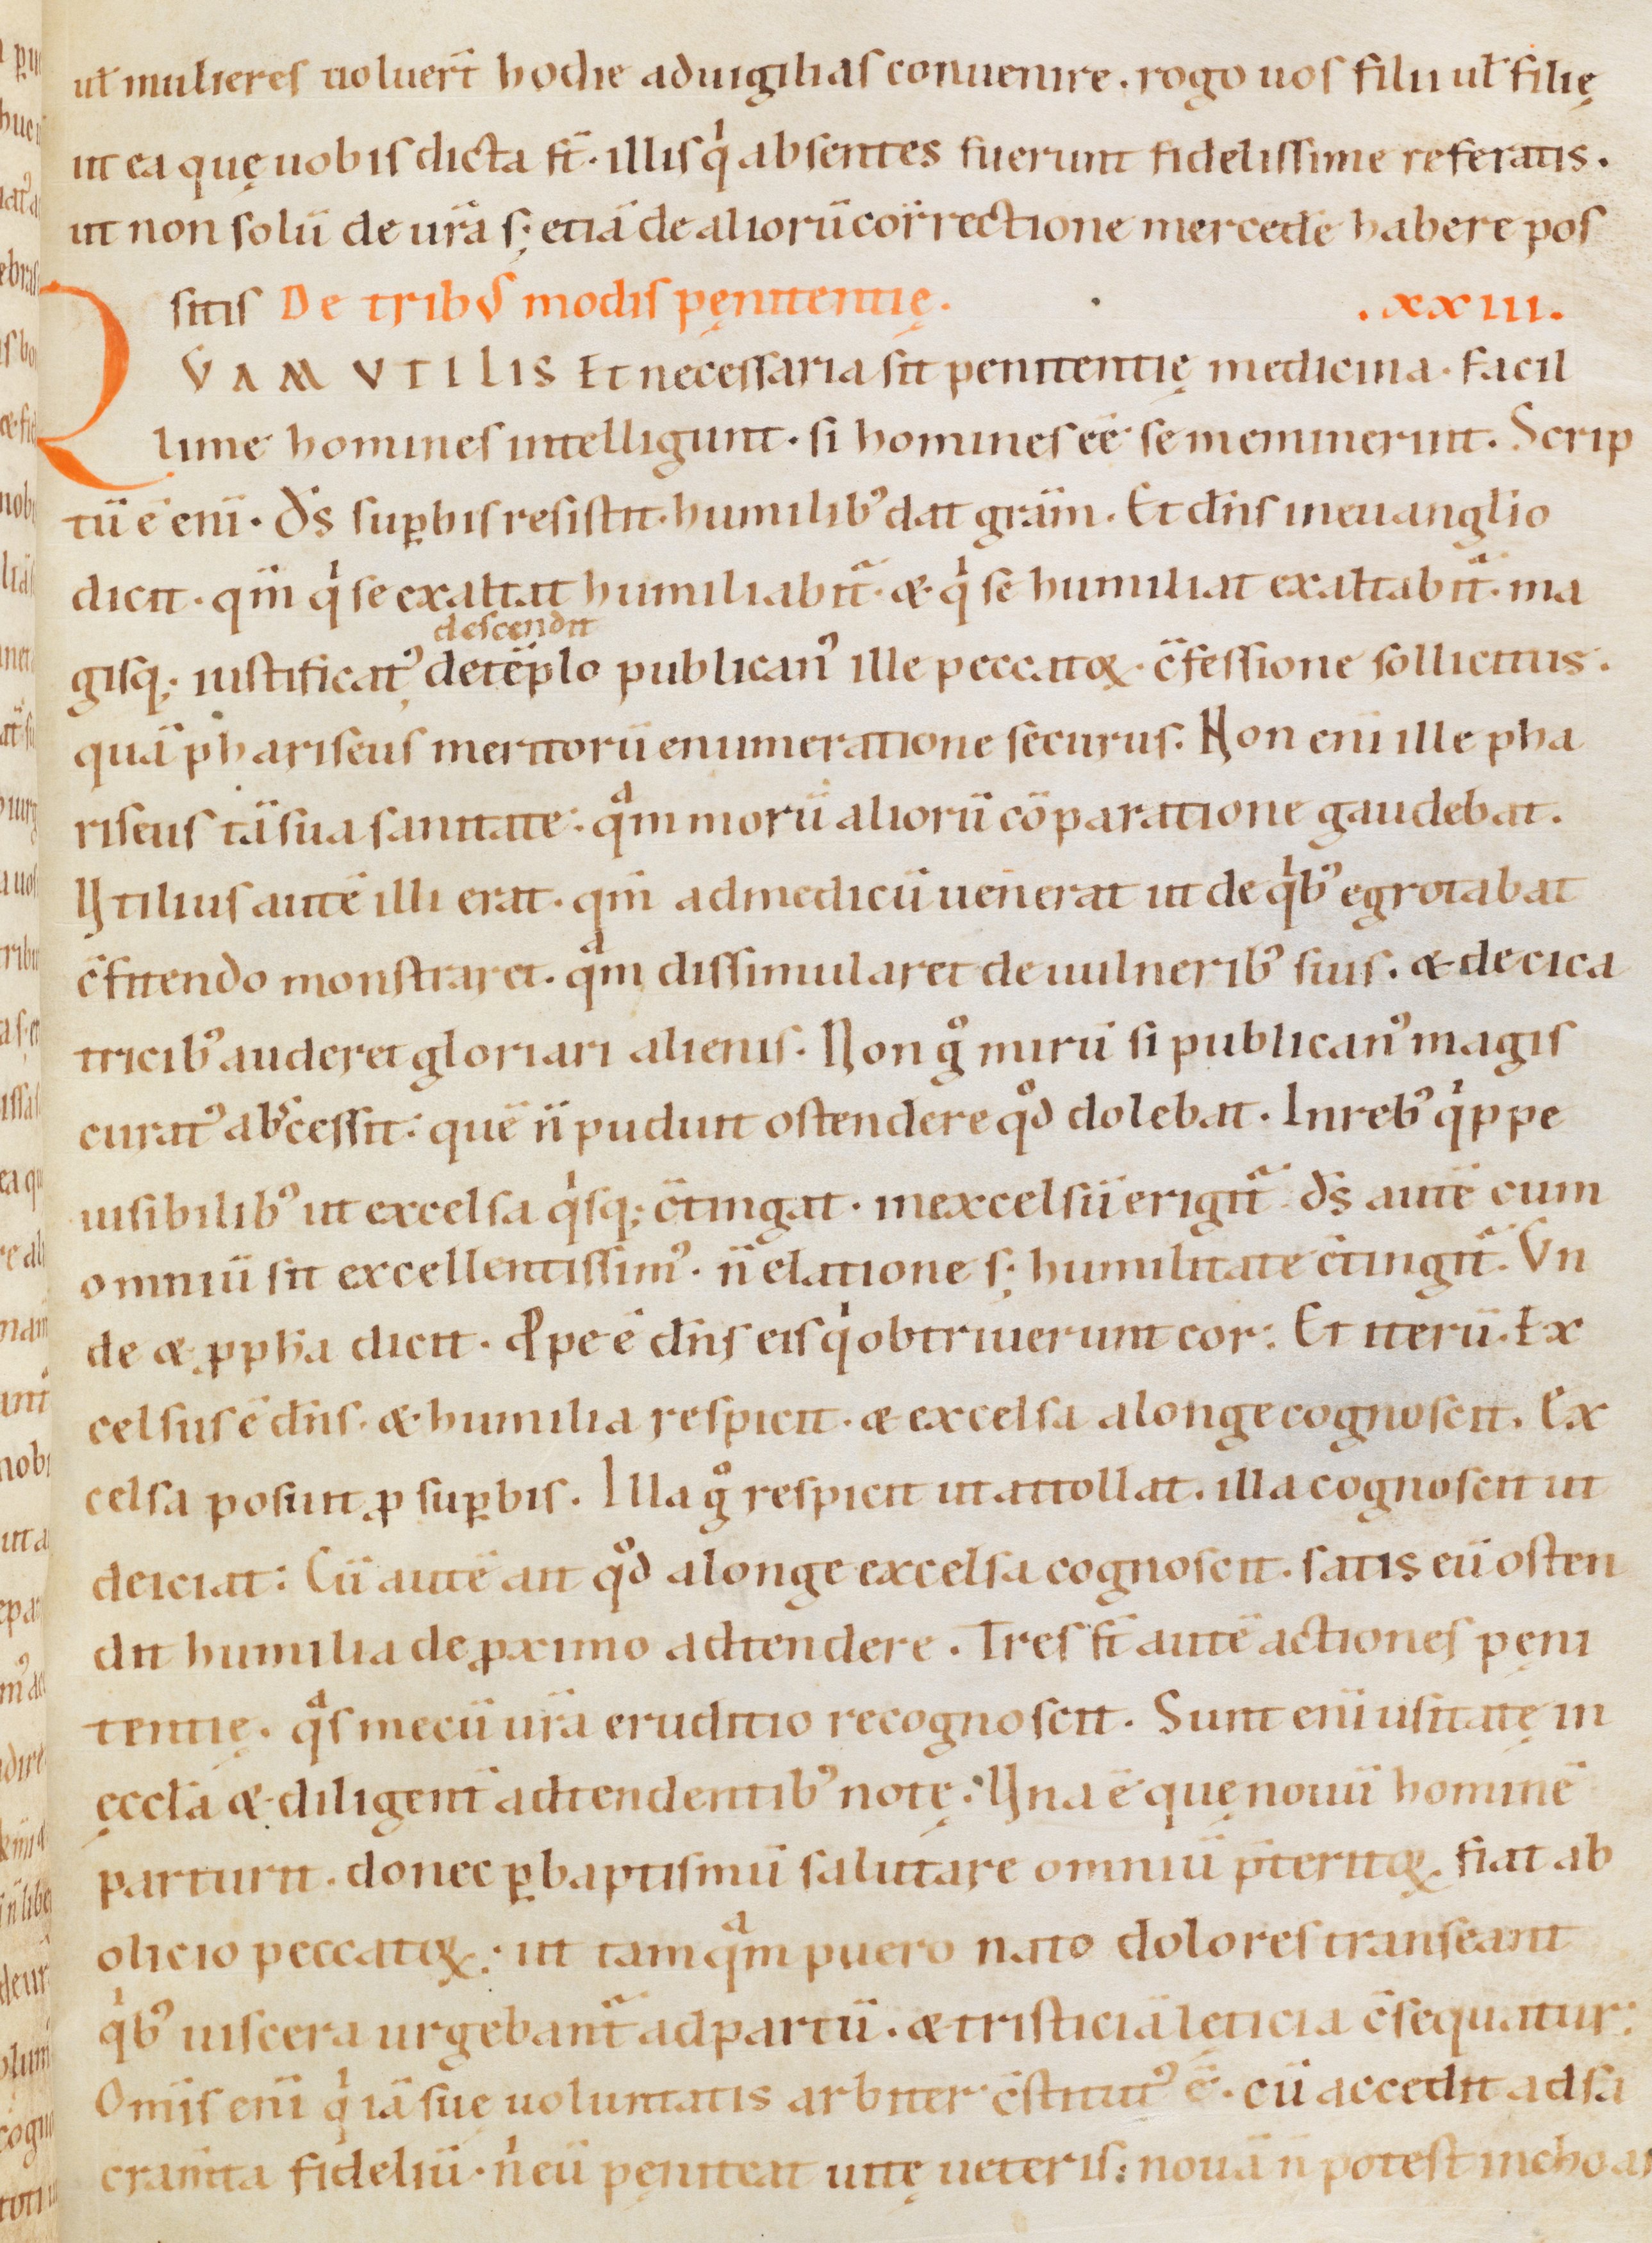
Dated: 1080–1096